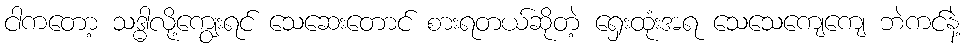
ငါကတော့ သဒ္ဓါလို့ကျွေးရင် သေဆေးတောင် စားရတယ်ဆိုတဲ့ ရှေးထုံးအရ သေသေကျေကျေ ဘဲကင်နဲ့